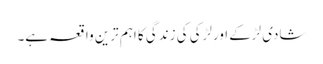
شادی لڑکے اورلڑکی کی زندگی کا اہم ترین واقعہ ہے۔